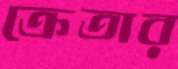
ক্রেতার